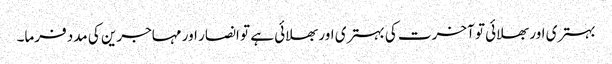
بہتری اور بھلائی تو آخرت کی بہتری اور بھلائی ہے تو انصار اور مہاجرین کی مدد فرما۔